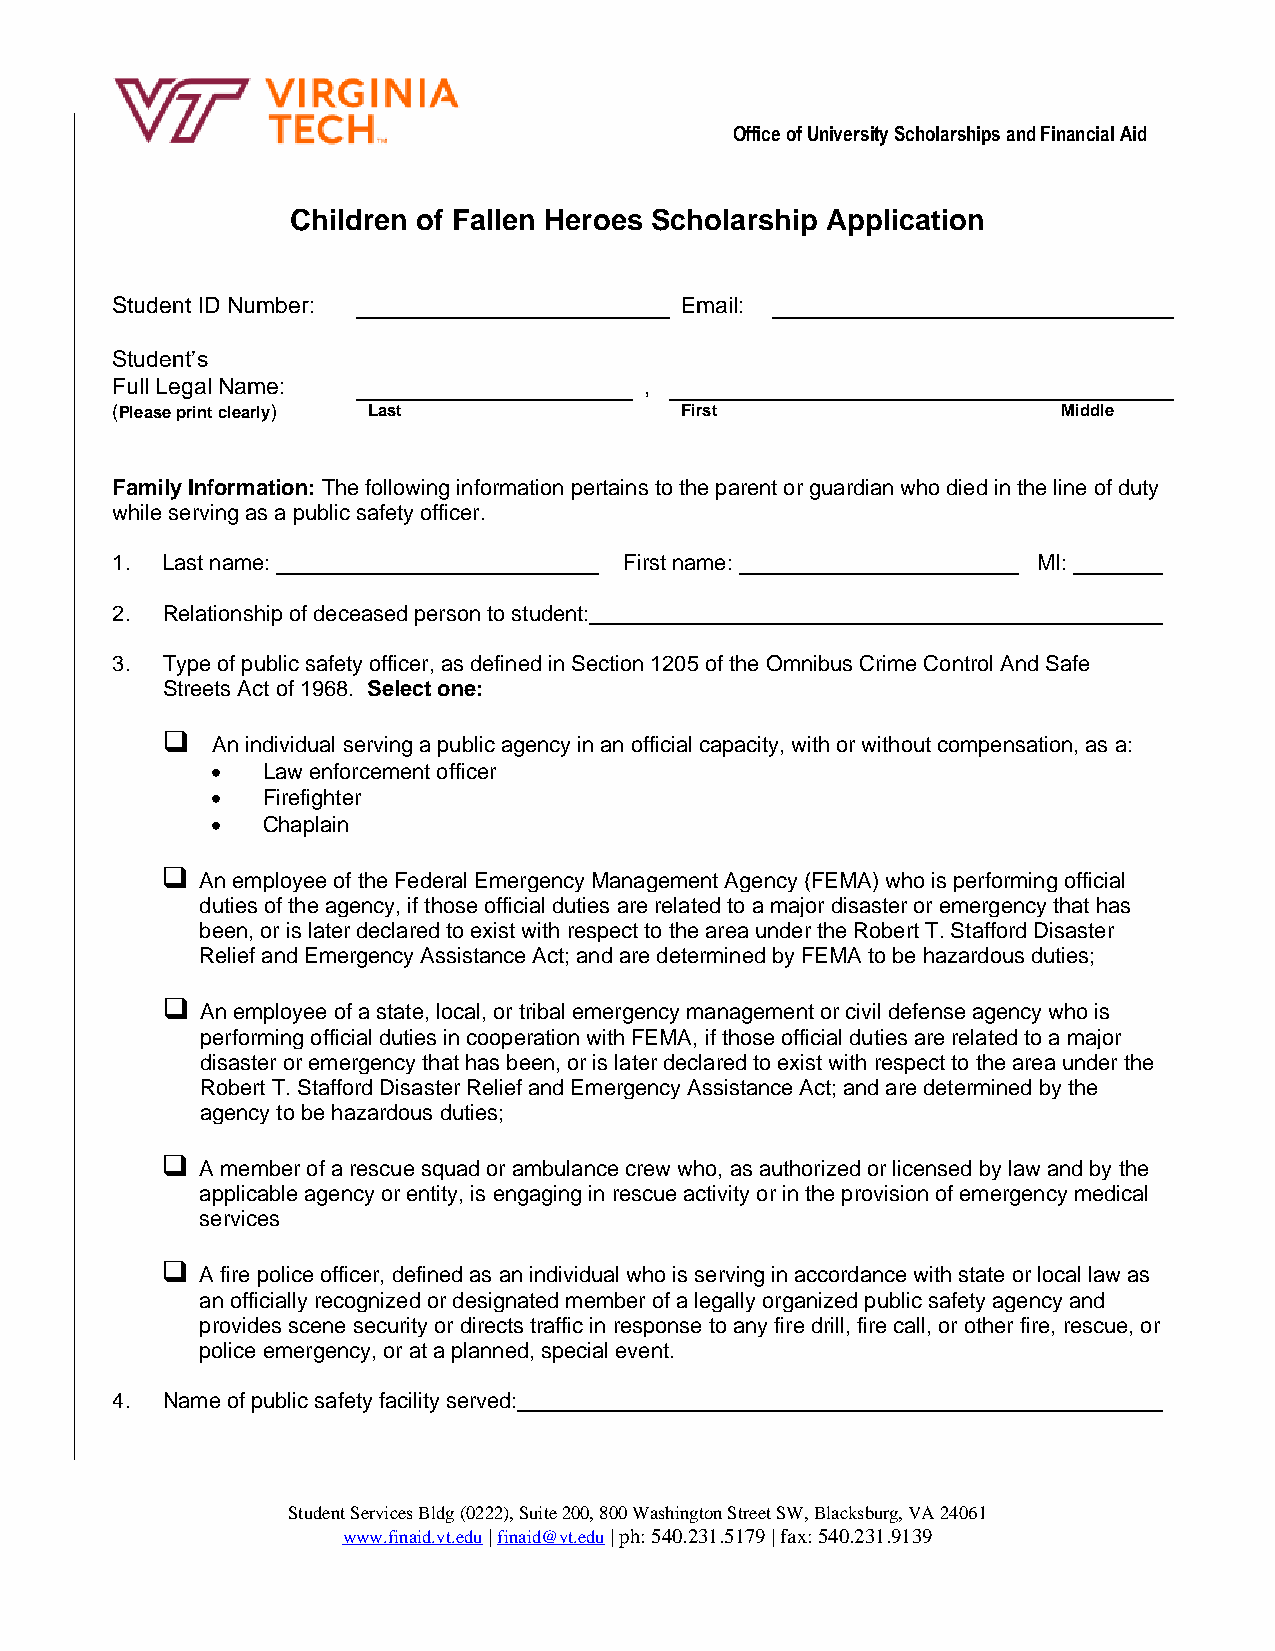
Office of University Scholarships and Financial Aid
 Children of Fallen Heroes Scholarship Application
 Student ID Number:                    Email:
 Student’s
 Full Legal Name:                    ,
 (Please print clearly) Last           First                    Middle
 Family Information: The following information pertains to the parent or guardian who died in the line of duty
 while serving as a public safety officer.
 1.  Last name:                    First name:                 MI:
 2.  Relationship of deceased person to student:
 3.  Type of public safety officer, as defined in Section 1205 of the Omnibus Crime Control And Safe
 Streets Act of 1968. Select one:
   An individual serving a public agency in an official capacity, with or without compensation, as a:
   Law enforcement officer
   Firefighter
   Chaplain
  An employee of the Federal Emergency Management Agency (FEMA) who is performing official
 duties of the agency, if those official duties are related to a major disaster or emergency that has
 been, or is later declared to exist with respect to the area under the Robert T. Stafford Disaster
 Relief and Emergency Assistance Act; and are determined by FEMA to be hazardous duties;
  An employee of a state, local, or tribal emergency management or civil defense agency who is
 performing official duties in cooperation with FEMA, if those official duties are related to a major
 disaster or emergency that has been, or is later declared to exist with respect to the area under the
 Robert T. Stafford Disaster Relief and Emergency Assistance Act; and are determined by the
 agency to be hazardous duties;
  A member of a rescue squad or ambulance crew who, as authorized or licensed by law and by the
 applicable agency or entity, is engaging in rescue activity or in the provision of emergency medical
 services
  A fire police officer, defined as an individual who is serving in accordance with state or local law as
 an officially recognized or designated member of a legally organized public safety agency and
 provides scene security or directs traffic in response to any fire drill, fire call, or other fire, rescue, or
 police emergency, or at a planned, special event.
 4.  Name of public safety facility served:
 Student Services Bldg (0222), Suite 200, 800 Washington Street SW, Blacksburg, VA 24061
 www.finaid.vt.edu | finaid@vt.edu | ph: 540.231.5179 | fax: 540.231.9139